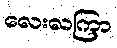
လေးလကြာ